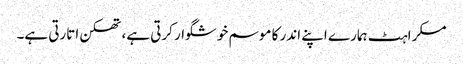
مسکراہٹ ہمارے اپنے اندر کا موسم خوشگوار کرتی ہے، تھکن اتارتی ہے۔